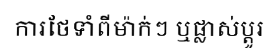
ការថែទាំពីម៉ាក់ៗ ឬផ្លាស់ប្តូរ